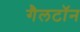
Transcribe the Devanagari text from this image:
गैलटॉन